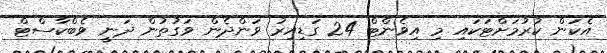
އެކަން ކުރުމަށްޓަކައި މި އިވެންޓް 24 ގަޑިއިރު ވަންދެން ވަގުތުން ދަނީ ވެބްކާސްޓް